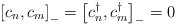
\begin{align*}\left[ c_{n},c_{m}\right] _{-} = \left[ c_{n}^{\dagger },c_{m}^{\dagger}\right] _{-}=0\end{align*}